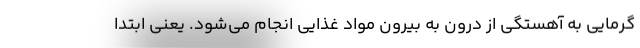
گرمایی به آهستگی از درون به بیرون مواد غذایی انجام می‌شود. یعنی ابتدا